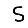
Digit: 5